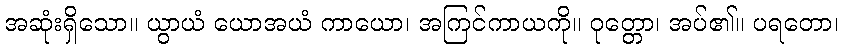
အဆုံးရှိသော။ ယွာယံ ယောအယံ ကာယော၊ အကြင်ကာယကို။ ဝုတ္တော၊ အပ်၏။ ပရတော၊